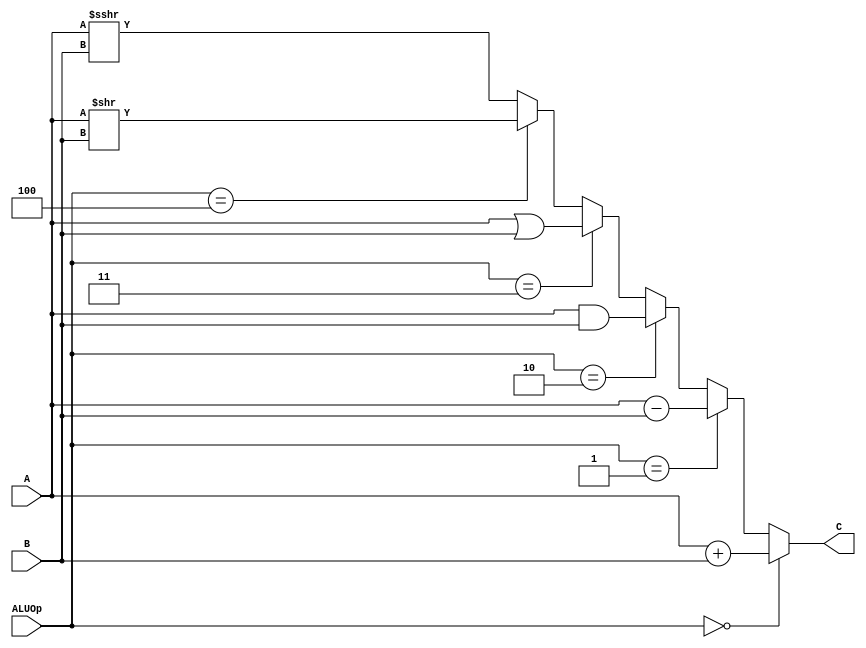
`timescale 1ns / 1ps

module alu(
    input [31:0] A,
    input [31:0] B,
    input [2:0] ALUOp,
    output [31:0] C
    );

wire [31:0] temp;
assign temp = $signed(A) >>> B;
assign C =(ALUOp == 3'b000) ? A+B :
          (ALUOp == 3'b001) ? A-B :
          (ALUOp == 3'b010) ? A&B :
          (ALUOp == 3'b011) ? A|B :
          (ALUOp == 3'b100) ? A>>B : temp;

endmodule